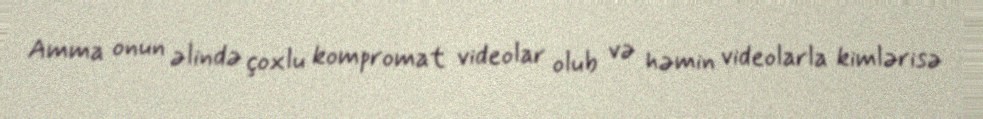
Amma onun əlində çoxlu kompromat videolar olub və həmin videolarla kimlərisə